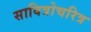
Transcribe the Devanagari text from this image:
सावित्रोचरित्र